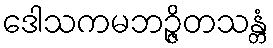
ဒေါသကမဘဉ္ဇိတသန္တံ